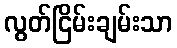
လွတ်ငြိမ်းချမ်းသာ